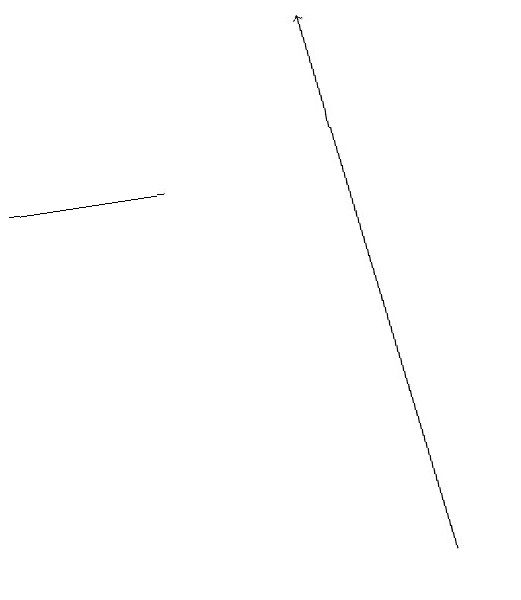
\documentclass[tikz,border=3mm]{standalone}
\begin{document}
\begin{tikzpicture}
\draw[->] (5,12) -- (4,19);
\draw (6,12) rectangle (6,12);
\draw (0,17) rectangle (2,17);
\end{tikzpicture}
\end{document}